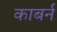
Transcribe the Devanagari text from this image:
काबर्न